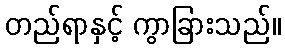
တည်ရာနှင့် ကွာခြားသည်။